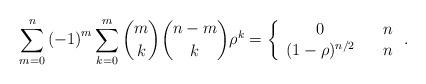
LaTeX: \begin{align*}\sum_{m=0}^{n}\left( -1\right) ^{m}\sum_{k=0}^{m}\binom{m}{k}\binom{n-m}{k}\rho ^{k}=\left\{ \begin{array}{ccc}0 & & n \\ (1-\rho )^{n/2} & & n\end{array}\right. . \end{align*}